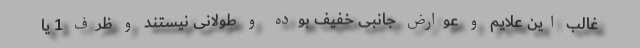
غالب این علایم و عوارض جانبی خفیف بوده و طولانی نیستند و ظرف 1 یا